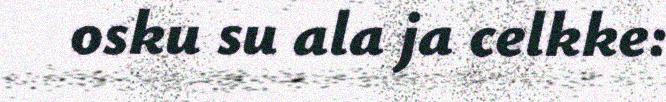
osku su ala ja celkke: